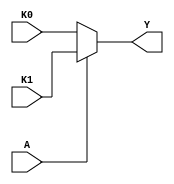
module single_variable_kmap (
    input wire A,       // Single binary input
    input wire K0,     // K-map cell for A = 0 (1 if marked)
    input wire K1,     // K-map cell for A = 1 (1 if marked)
    output wire Y      // Output of the logic function
);

// Combinational logic to determine output Y based on K-map cells
assign Y = (A == 1'b0) ? K0 : K1;

endmodule